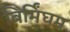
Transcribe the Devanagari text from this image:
बिर्मिंघम